Report of the Indian Hemp Drugs Commission, 1894-1895 - Volume VIII
Year: 1894
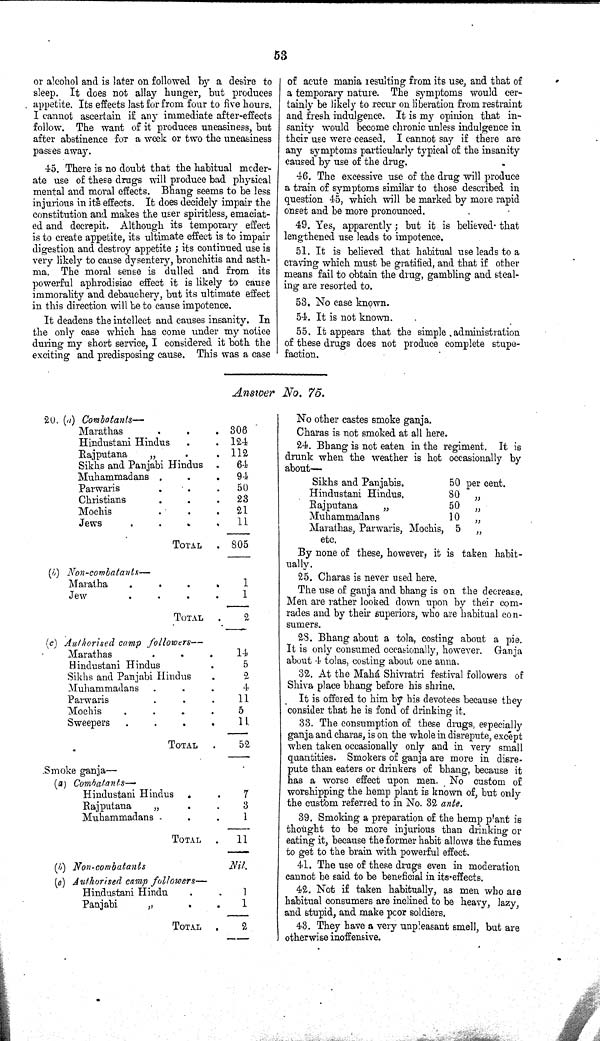
53
or alcohol and is later on followed by a desire to
sleep. It does not allay hunger, but produces
appetite. Its effects last for from four to five hours.
I cannot ascertain if any immediate after-effects
follow. The want of it produces uneasiness, but
after abstinence for a week or two the uneasiness
passes away.
45. There is no doubt that the habitual moder-
ate use of these drugs will produce bad physical
mental and moral effects. Bhang seems to be less
injurious in its effects. It does decidely impair the
constitution and makes the user spiritless, emaciat-
ed and decrepit. Although its temporary effect
is to create appetite, its ultimate effect is to impair
digestion and destroy appetite; its continued use is
very likely to cause dysentery, bronchitis and asth-
ma. The moral sense is dulled and from its
powerful aphrodisiac effect it is likely to cause
immorality and debauchery, but its ultimate effect
in this direction will be to cause impotence.
It deadens the intellect and causes insanity. In
the only case which has come under my notice
during my short service, I considered it both the
exciting and predisposing cause. This was a case
of acute mania resulting from its use, and that of
a temporary nature. The symptoms would cer-
tainly be likely to recur on liberation from restraint
and fresh indulgence. It is my opinion that in-
sanity would become chronic unless indulgence in
their use were ceased. I cannot say if there are
any symptoms particularly typical of the insanity
caused by use of the drug.
46. The excessive use of the drug will produce
a train of symptoms similar to those described in
question 45, which will be marked by more rapid
onset and be more pronounced.
49. Yes, apparently; but it is believed that
lengthened use leads to impotence.
51. It is believed that habitual use leads to a
craving which must be gratified, and that if other
means fail to obtain the drug, gambling and steal-
ing are resorted to.
53. No case known.
54. It is not known.
55. It appears that the simple administration
of these drugs does not produce complete stupe-
faction.
Answer No. 75.
20. (a) Combatants—
Marathas
306
Hindustani Hindus
124
Rajputana
"
112
Sikhs and Panjabi Hindus
64
Muhammadans
94
Parwaris
50
Christians
23
Mochis
21
Jews
11
TOTAL
805
(b)
Non-combatants—
Maratha
1
Jew
1
TOTAL
2
(c) Authorised camp
followers—
Marathas
14
Hindustani Hindus
5
Sikhs and Panjabi Hindus
2
Muhammadans
4
Parwaris
11
Mochis
5
Sweepers
11
TOTAL
52
Smoke ganja—
(a)
Combatants—
Hindustani Hindus
7
Rajputana
3
Muhammadans
1
TOTAL
11
(b) Non-combatants
Nil.
(c) Authorised camp followers—
Hindustani Hindu
1
Panjabi
1
TOTAL
2
No other castes smoke ganja.
Charas is not smoked at all here.
24. Bhang is not eaten in the regiment. It is
drunk when the weather is hot occasionally by
about—
Sikhs and Panjabis.
50 per cent.
Hindustani Hindus.
80 "
Rajputana
50 "
Muhammadans
10 "
Marathas, Parwaris, Mochis,
etc.
5
"
By none of these, however, it is taken habit-
ually.
25. Charas is never used here.
The use of ganja and bhang is on the decrease.
Men are rather looked down upon by their com-
rades and by their superiors, who are habitual con-
sumers.
28. Bhang about a tola, costing about a pie.
It is only consumed occasionally, however. Ganja
about 4 tolas, costing about one anna.
32. At the Mahá Shivratri festival followers of
Shiva place bhang before his shrine.
It is offered to him by his devotees because they
consider that he is fond of drinking it.
33. The consumption of these drugs, especially
ganja and charas, is on the whole in disrepute, except
when taken occasionally only and in very small
quantities. Smokers of ganja are more in disre-
pute than eaters or drinkers of bhang, because it
has a worse effect upon men. No custom of
worshipping the hemp plant is known of, but only
the custom referred to in No. 32 ante.
39. Smoking a preparation of the hemp plant is
thought to be more injurious than drinking or
eating it, because the former habit allows the fumes
to get to the brain with powerful effect.
41. The use of these drugs even in moderation
cannot be said to be beneficial in its effects.
42. Not if taken habitually, as men who are
habitual consumers are inclined to be heavy, lazy,
and stupid, and make poor soldiers.
43. They have a very unpleasant smell, but are
otherwise inoffensive.